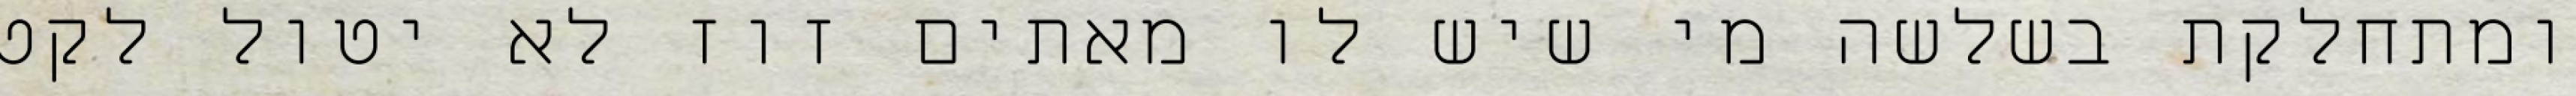
ומתחלקת בשלשה מי שיש לו מאתים זוז לא יטול לקט